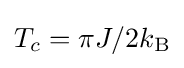
T_{c}=\pi J/2k_{\rm {B}}